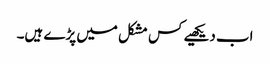
اب دیکھیے کس مشکل میں پڑے ہیں۔